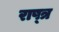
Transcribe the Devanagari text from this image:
राष्त्र